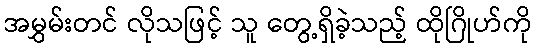
အမွှမ်းတင် လိုသဖြင့် သူ တွေ့ရှိခဲ့သည့် ထိုဂြိုဟ်ကို